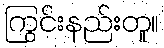
ကြွင်းနည်းတူ။